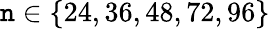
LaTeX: \mathtt{n}\in\{ 24,36,48,72,96\}